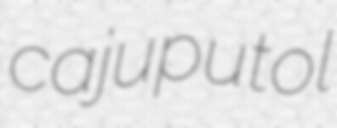
cajuputol